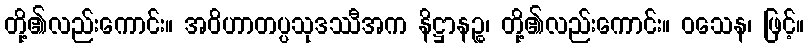
တို့၏လည်းကောင်း။ အဝိဟာတပ္ပသုဒဿီအက နိဋ္ဌာနဉ္စ၊ တို့၏လည်းကောင်း။ ဝသေန၊ ဖြင့်။